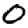
Digit: 0